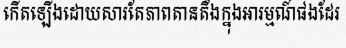
កើតឡើងដោយសារតែភាពតានតឹងក្នុងអារម្មណ៍ផងដែរ